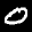
Label: 0